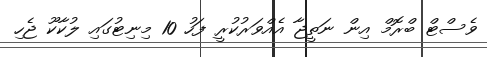
ވެސްޓް ބްރޮމް އިން ނަތީޖާ އެއްވަރުކުރީ ފަހު 10 މިނިޓުގައި ލުުކާކޫ ޖެހި